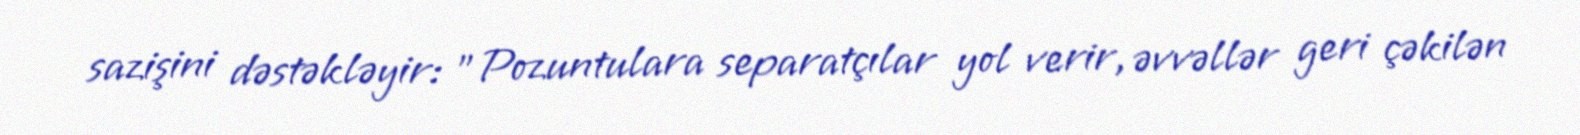
sazişini dəstəkləyir: "Pozuntulara separatçılar yol verir, əvvəllər geri çəkilən